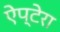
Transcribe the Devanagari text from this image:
ऐप्टेरा